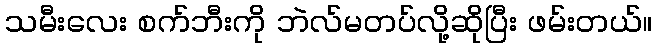
သမီးလေး စက်ဘီးကို ဘဲလ်မတပ်လို့ဆိုပြီး ဖမ်းတယ်။